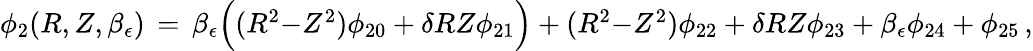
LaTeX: \begin{array}{r}{\phi_{2}(R,Z,\beta_{\epsilon})\, =\, \beta_{\epsilon}\Bigl((R^{2}{-}Z^{2})\phi_{20}+\delta RZ\phi_{21}\Bigr)+(R^{2}{-}Z^{2})\phi_{22}+\delta RZ\phi_{23}+\beta_{\epsilon}\phi_{24}+\phi_{25}\, ,}\end{array}